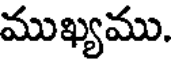
ముఖ్యము.